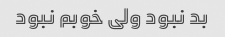
بد نبود ولی خوبم نبود